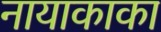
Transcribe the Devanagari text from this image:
नायाकाका